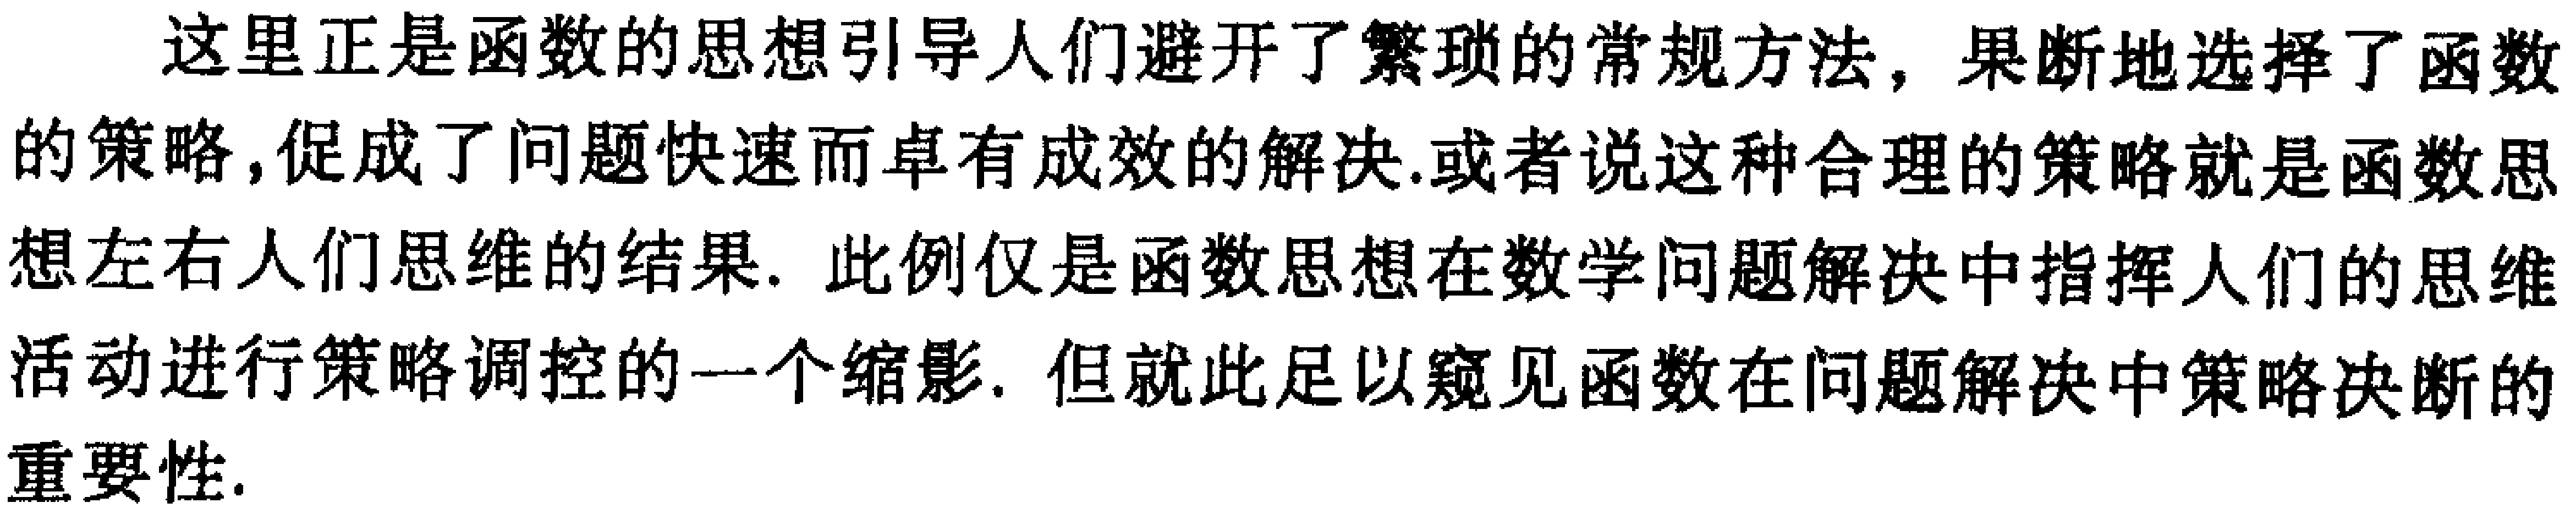
这里正是函数的思想引导人们避开了繁琐的常规方法，果断地选择了函数的策略，促成了问题快速而卓有成效的解决.或者说这种合理的策略就是函数思想左右人们思维的结果. 此例仅是函数思想在数学问题解决中指挥人们的思维活动进行策略调控的一个缩影. 但就此足以窥见函数在问题解决中策略决断的重要性.